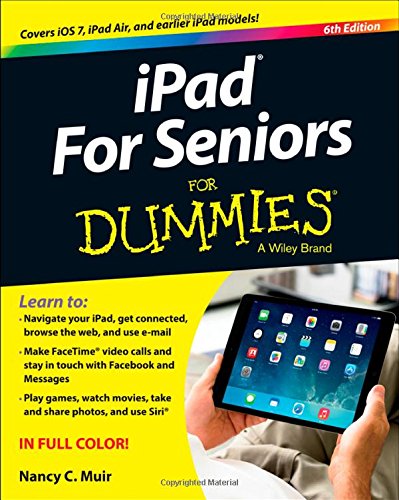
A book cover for iPad For Seniors For Dummies; Nancy C. Muir; Computers & Technology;